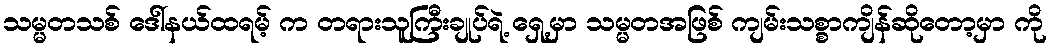
သမ္မတသစ် ဒေါ်နယ်ထရမ့် က တရားသူကြီးချုပ်ရဲ့ ရှေ့မှာ သမ္မတအဖြစ် ကျမ်းသစ္စာကျိန်ဆိုတော့မှာ ကို